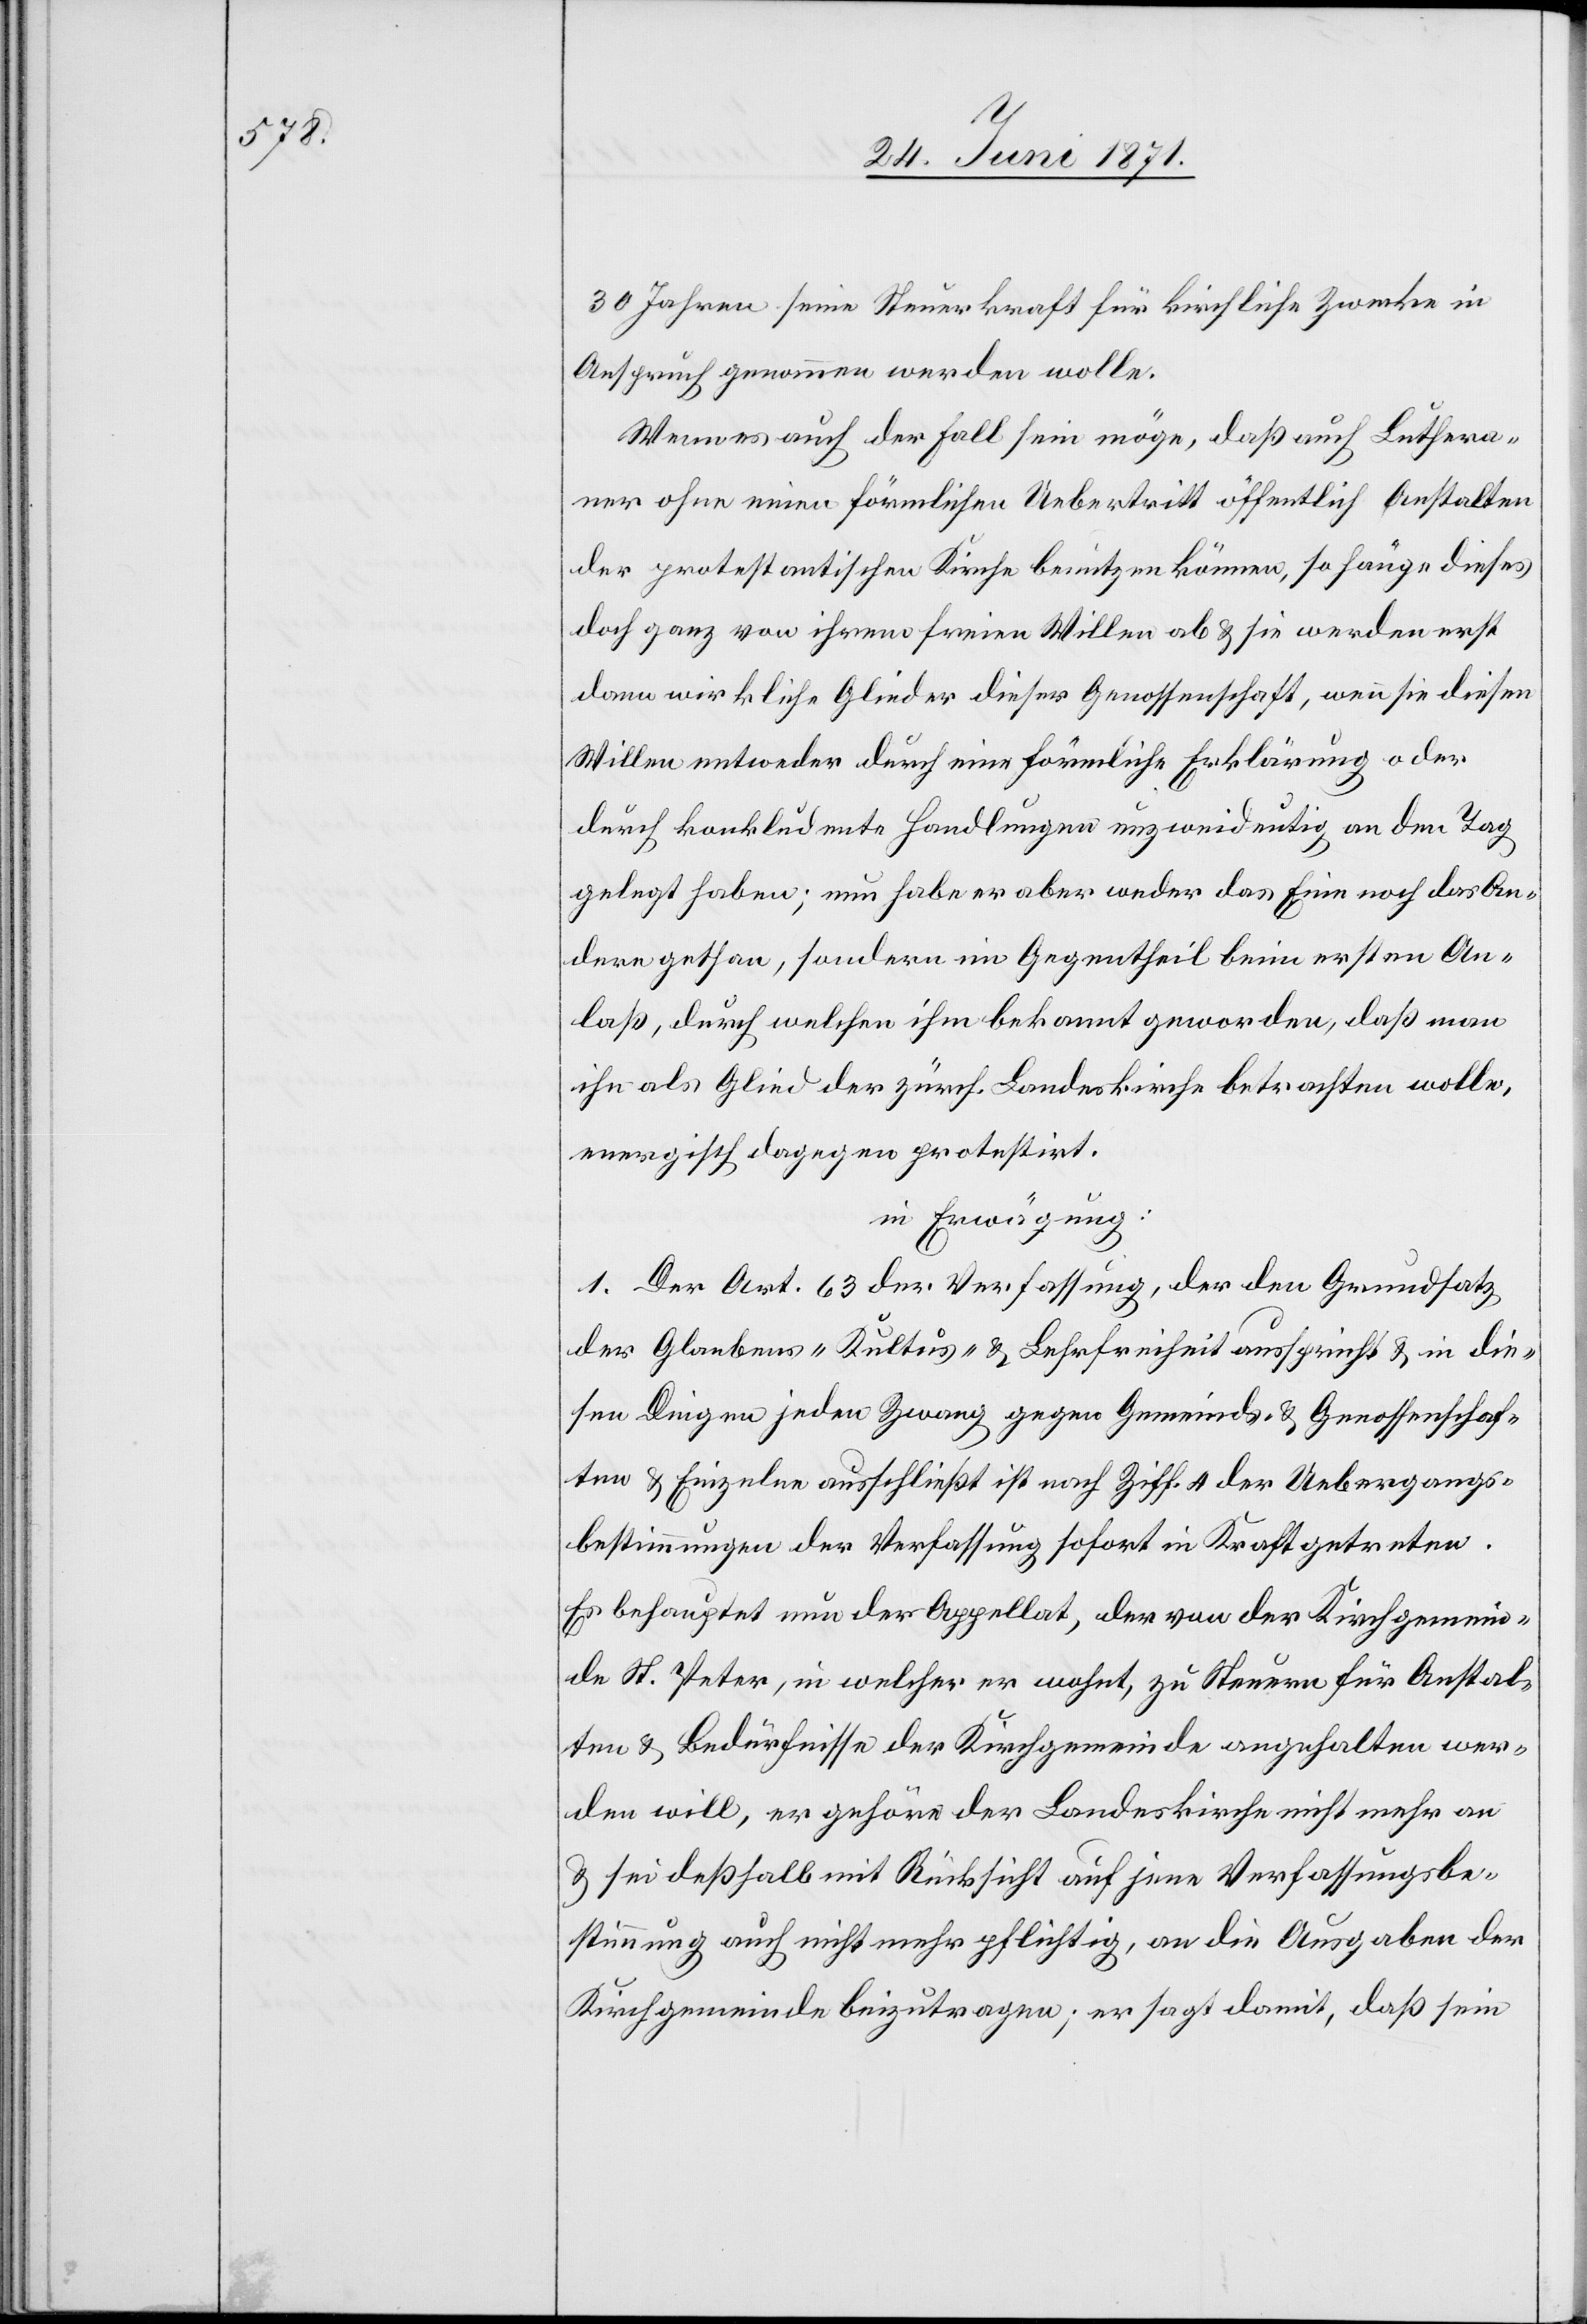
30 Jahren seine Steuerkraft für kirchliche Zwecke in
Anspruch genommen werden wolle.
Wenn es auch der Fall sein möge, daß auch Luthera¬
ner ohne einen förmlichen Uebertritt öffentlich Anstalten
der protestantischen Kirche benutzen können, so hänge dieses
doch ganz von ihrem freien Willen ab u. sie werden erst
dann wirklich Glieder dieser Genossenschaft, wenn sie diesen
Willen entweder durch eine förmliche Erklärung oder
durch konkludente Handlungen unzweideutig an den Tag
gelegt haben; nun habe er aber weder das Eine noch das An¬
dere gethan, sondern im Gegentheil beim ersten An¬
laß, durch welchen ihm bekannt geworden, daß man
ihn als Glied der zürch. Landeskirche betrachten wolle,
energisch dagegen protestirt.
in Erwägung:
1. Der Art. 63 der Verfassung, der den Grundsatz
der Glaubens- „Kultus“ u. Lehrfreiheit ausspricht u. in die¬
sen Dingen jeden Zwang gegen Gemeinds- u. Genossenschaf¬
ten u. Einzelne ausschließt ist nach Ziff. A der Uebergangs¬
bestimmungen der Verfassung sofort in Kraft getreten.
Es behauptet nun der Appellat, der von der Kirchgemein¬
de St. Peter, in welcher er wohnt, zu Steuern für Anstal¬
ten u. Bedürfnisse der Kirchgemeinde angehalten wer¬
den will, er gehöre der Landeskirche nicht mehr an
u. sei deßhalb mit Rücksicht auf jene Verfassungsbe¬
stimmung auch nicht mehr pflichtig, an die Ausgaben der
Kirchgemeinde beizutragen; er sagt damit, daß sein